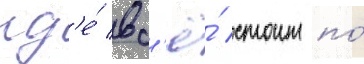
гд'е́ вс'ё́ стоит по́